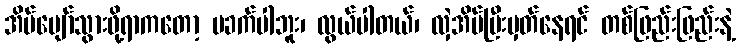
အိပ်ပျော်သွားဖို့ရာကတော့ မခက်ပါဘူး၊ လွယ်ပါတယ်၊ လှဲအိပ်ပြီးမှတ်နေရင် တစ်ဖြည်းဖြည်းနဲ့